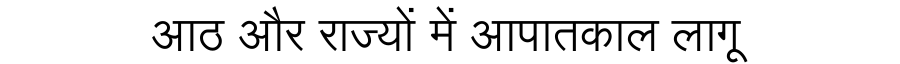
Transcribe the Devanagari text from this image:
आठ और राज्यों में आपातकाल लागू